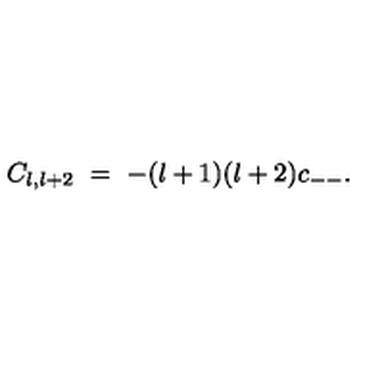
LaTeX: C _ { l , l + 2 } \ = \ - ( l + 1 ) ( l + 2 ) c _ { -- } .